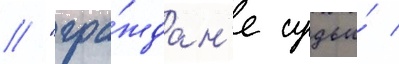
// "гра́ждан'е судьи́ /